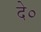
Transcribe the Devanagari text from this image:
दे०